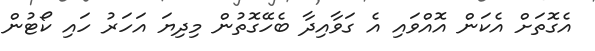
އެގޮތަށް އެކަން އޮއްވައި އެ ގަވާއިދާ ބެހޭގޮތުން މިދިޔަ އަހަރު ހައި ކޯޓުން